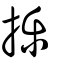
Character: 擽